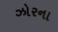
ઝોરના